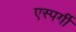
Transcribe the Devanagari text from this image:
एस्पर्गी